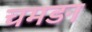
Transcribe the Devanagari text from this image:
चमङा